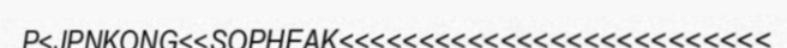
P<JPNKONG<<SOPHEAK<<<<<<<<<<<<<<<<<<<<<<<<<<